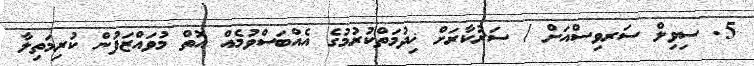
5. ސިވިލް ސަރވިސްއަށް / ސަރުކާރަށް ޚިދުމަތްކުރުމުގެ އެއްބަސްވުމެއް އޮތް މުވައްޒަފުން ކުރިމަތިލާ